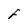
Character: F